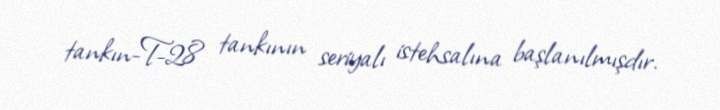
tankın-T-28 tankının seriyalı istehsalına başlanılmışdır.